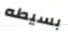
بسيطه